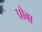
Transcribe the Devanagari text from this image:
प्रोबा